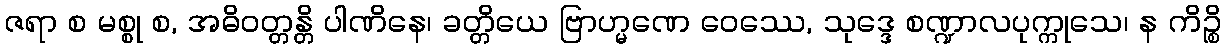
ဇရာ စ မစ္စု စ, အဓိဝတ္တန္တိ ပါဏိနေ၊ ခတ္တိယေ ဗြာဟ္မဏေ ဝေဿေ, သုဒ္ဒေ စဏ္ဍာလပုက္ကုသေ၊ န ကိဉ္စိ